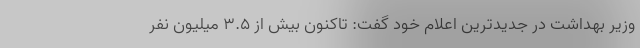
وزیر بهداشت در جدیدترین اعلام خود گفت: تاکنون بیش از 3.5 میلیون نفر